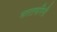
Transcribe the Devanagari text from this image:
भारतभगिनी